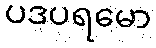
ပဒပရမော